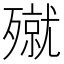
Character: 殧